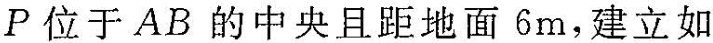
P位于AB的中央且距地面6m，建立如